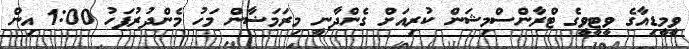
ވީމީޑިއާގެ ވީޓީވީގެ ޓްރާންސްމިޝަން ކުރިއަށް ގެންދާނީ މިރަމަޟާން މަހު މެންދުރުފަހު 1:00 އިން